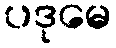
ပဒုမေ